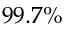
9 9 . 7 \%